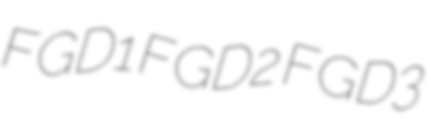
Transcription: FGD1 FGD2 FGD3